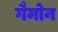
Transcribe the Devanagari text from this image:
गैमोन